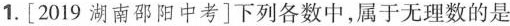
1.[2019湖南邵阳中考]下列各数中，属于无理数的是